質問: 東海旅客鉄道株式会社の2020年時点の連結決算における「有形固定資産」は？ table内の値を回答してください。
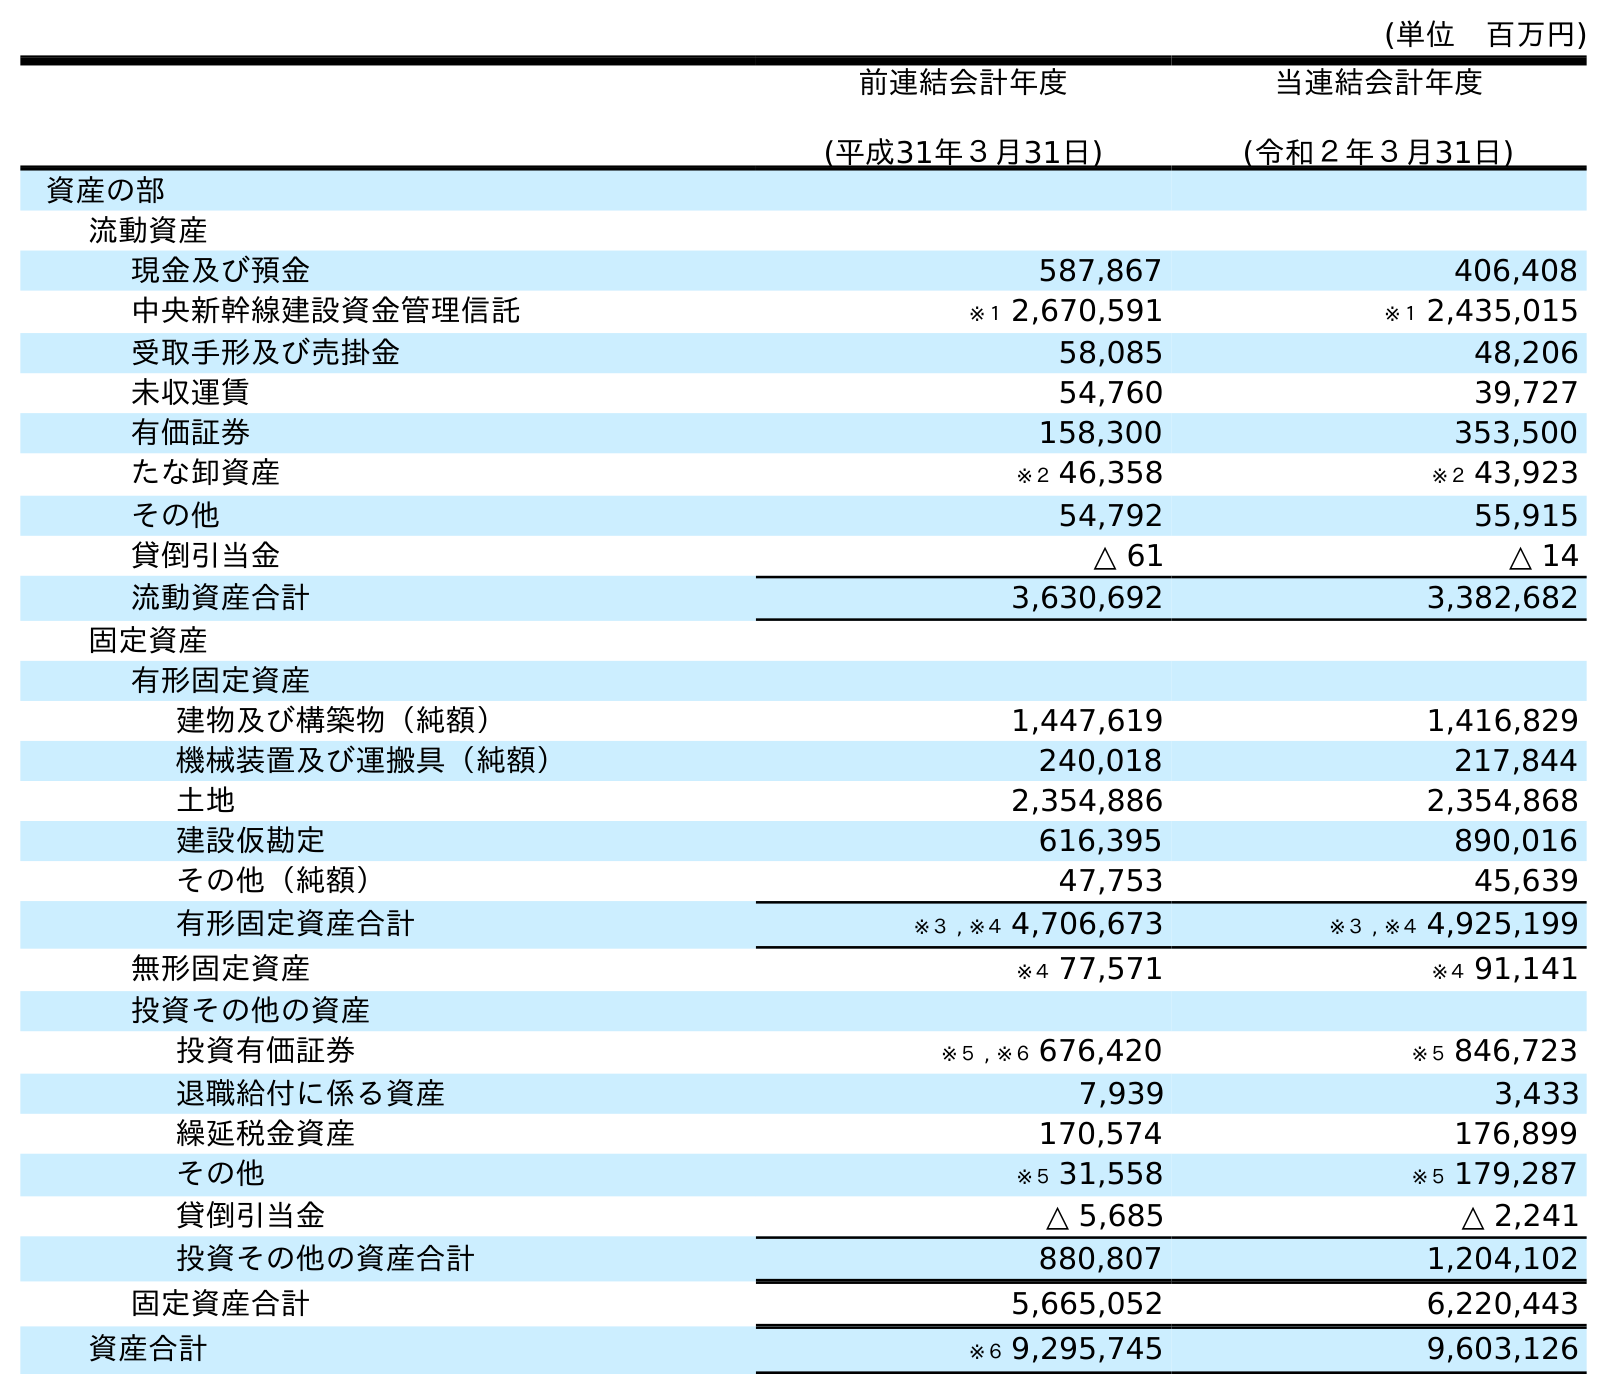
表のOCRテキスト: (単位 百万円) 前連結会計年度 (平成31年３月31日) 当連結会計年度 (令和２年３月31日) 資産の部 流動資産 現金及び預金 587,867 406,408 中央新幹線建設資金管理信託 ※１ 2,670,591 ※１ 2,435,015 受取手形及び売掛金 58,085 48,206 未収運賃 54,760 39,727 有価証券 158,300 353,500 たな卸資産 ※２ 46,358 ※２ 43,923 その他 54,792 55,915 貸倒引当金 △ 61 △ 14 流動資産合計 3,630,692 3,382,682 固定資産 有形固定資産 建物及び構築物（純額） 1,447,619 1,416,829 機械装置及び運搬具（純額） 240,018 217,844 土地 2,354,886 2,354,868 建設仮勘定 616,395 890,016 その他（純額） 47,753 45,639 有形固定資産合計 ※３ , ※４ 4,706,673 ※３ , ※４ 4,925,199 無形固定資産 ※４ 77,571 ※４ 91,141 投資その他の資産 投資有価証券 ※５ , ※６ 676,420 ※５ 846,723 退職給付に係る資産 7,939 3,433 繰延税金資産 170,574 176,899 その他 ※５ 31,558 ※５ 179,287 貸倒引当金 △ 5,685 △ 2,241 投資その他の資産合計 880,807 1,204,102 固定資産合計 5,665,052 6,220,443 資産合計 ※６ 9,295,745 9,603,126
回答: ※３,※４4,925,199